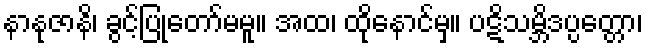
နာနုဇာနိ၊ ခွင့်ပြုတော်မမူ။ အထ၊ ထိုနောင်မှ။ ပဋိသမ္ဘိဒပ္ပတ္တော၊